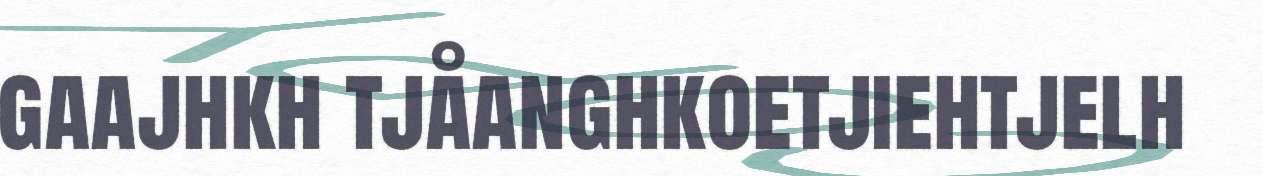
gaajhkh tjåanghkoetjiehtjelh